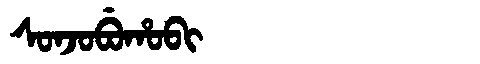
Manchu: ᠰᠣᠨᠵᠣᠪᡠᡥᠣᠪᡳ
Romanization: SONJOBUHOBI